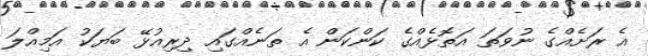
އެ ރަށެއްގެ ނުވަތަ އަތޮޅެއްގެ ކަންކަން އެ ތަނެއްގައި ދިރިއުޅޭ ބަޔަކު އަމިއްލަ